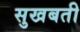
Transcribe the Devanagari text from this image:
सुखबती